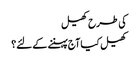
کی طرح کھیل
کھیل کیا آج پہننے کے لئے؟